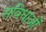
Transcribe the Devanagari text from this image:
सविधाओं